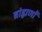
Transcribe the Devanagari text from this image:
ब्रांह्मणों